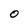
Character: O